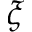
\xi